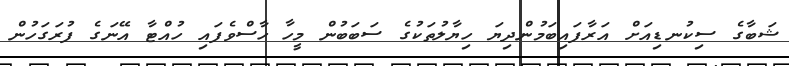
ޝަބާގެ ސިކުނޑިއަށް އަރާފައިބަމުންދިޔަ ހިޔާލުތަކުގެ ސަބަބުން މީހާ ހާސްވެފައި ހުއްޓާ އޭނަގެ ފުރަގަހުން